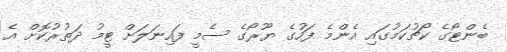
ބެންޓޯގެ ކޯޗުކަމުގައި އެންމެ ފަހުގެ ޔޫރޯގެ ސެމީ ފައިނަލަށް ޓީމު ދަތުރުކޮށް އެ